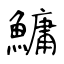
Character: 鱅